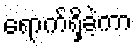
ရောက်ရှိခဲ့ကာ